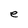
Character: e